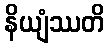
နိယျံဿတိ